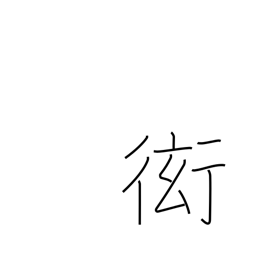
Meaning: show off